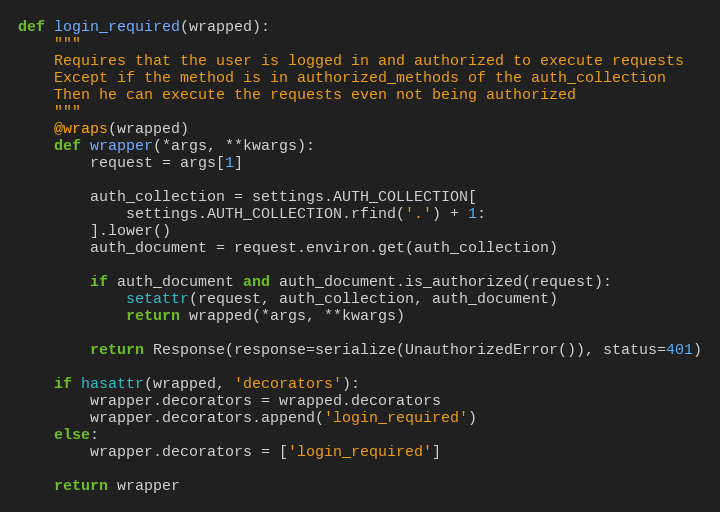
Language: Python
def login_required(wrapped):
    """
    Requires that the user is logged in and authorized to execute requests
    Except if the method is in authorized_methods of the auth_collection
    Then he can execute the requests even not being authorized
    """
    @wraps(wrapped)
    def wrapper(*args, **kwargs):
        request = args[1]

        auth_collection = settings.AUTH_COLLECTION[
            settings.AUTH_COLLECTION.rfind('.') + 1:
        ].lower()
        auth_document = request.environ.get(auth_collection)

        if auth_document and auth_document.is_authorized(request):
            setattr(request, auth_collection, auth_document)
            return wrapped(*args, **kwargs)

        return Response(response=serialize(UnauthorizedError()), status=401)

    if hasattr(wrapped, 'decorators'):
        wrapper.decorators = wrapped.decorators
        wrapper.decorators.append('login_required')
    else:
        wrapper.decorators = ['login_required']

    return wrapper